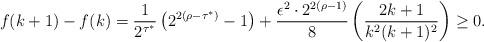
LaTeX: \begin{align*} f(k+1)-f(k)= \frac{1}{2^{\tau^*}} \left(2^{2(\rho-\tau^*)} - 1\right) + \frac{\epsilon^2 \cdot 2^{2(\rho-1)}}{8}\left( \frac{2k+1}{k^2(k+1)^2} \right) \ge 0. \end{align*}